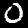
Label: 0